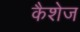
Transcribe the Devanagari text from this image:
कैशेज